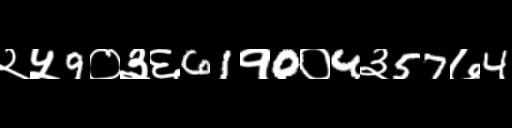
Text: २५9०३६61१0०4३57७4